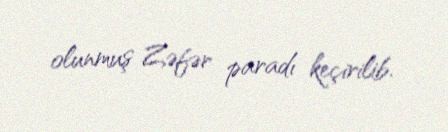
olunmuş Zəfər paradı keçirilib.